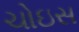
ચોઇસ